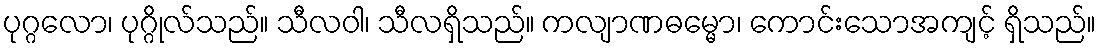
ပုဂ္ဂလော၊ ပုဂ္ဂိုလ်သည်။ သီလဝါ၊ သီလရှိသည်။ ကလျာဏဓမ္မော၊ ကောင်းသောအကျင့် ရှိသည်။